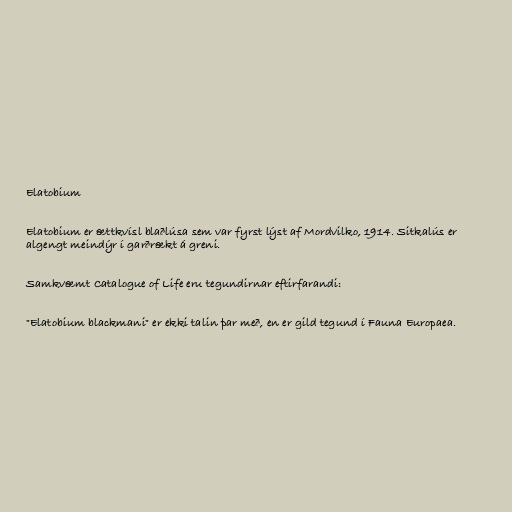
Elatobium

Elatobium er ættkvísl blaðlúsa sem var fyrst lýst af Mordvilko, 1914. Sitkalús er
algengt meindýr í garðrækt á greni.

Samkvæmt Catalogue of Life eru tegundirnar eftirfarandi:

"Elatobium blackmani" er ekki talin þar með, en er gild tegund í Fauna Europaea.